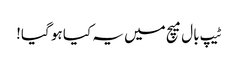
ٹیپ بال میچ میں یہ کیا ہو گیا!